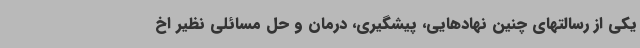
یکی از رسالتهای چنین نهادهایی، پیشگیری، درمان و حل مسائلی نظیر اخ